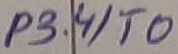
Text: P3.4/T0